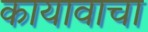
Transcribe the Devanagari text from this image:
कायावाचा